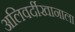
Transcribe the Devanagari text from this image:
अलिवर्दीखानाला